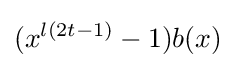
(x^{l(2t-1)}-1)b(x)